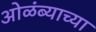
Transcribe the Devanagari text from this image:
ओळंब्याच्या